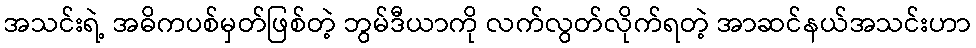
အသင်းရဲ့ အဓိကပစ်မှတ်ဖြစ်တဲ့ ဘွမ်ဒီယာကို လက်လွတ်လိုက်ရတဲ့ အာဆင်နယ်အသင်းဟာ